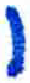
אות: ו